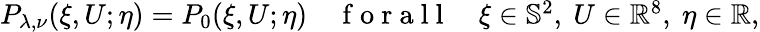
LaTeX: \begin{array}{r}{P_{\lambda,\nu}(\xi,U;\eta)=P_{0}(\xi,U;\eta)\quad\mathrm{~f~o~r~a~l~l~}\quad\xi\in\mathbb{S}^{2},~U\in\mathbb{R}^{8},~\eta\in\mathbb{R},}\end{array}